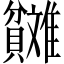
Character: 𬥬